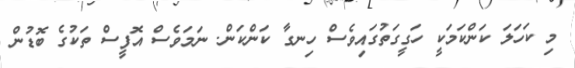
މި ކަހަލަ ކަންކަމަކީ ހަގީގަތުގައިވެސް ހިނގާ ކަންކަން. ނަމަވެސް އޮފީސް ތަކުގެ ބޮޑުން